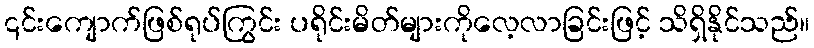
၎င်းကျောက်ဖြစ်ရုပ်ကြွင်း ပရိုင်းမိတ်များကိုလေ့လာခြင်းဖြင့် သိရှိနိုင်သည်။